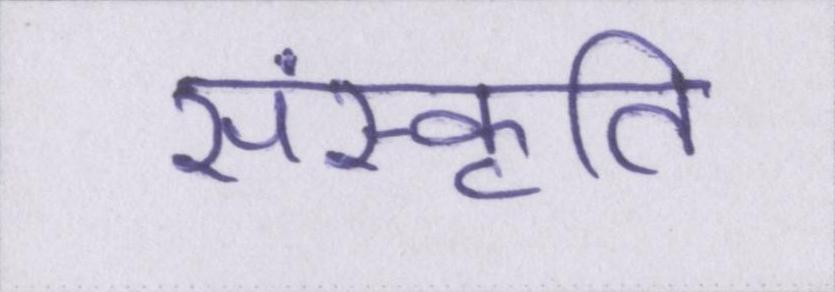
संस्कृति